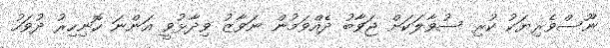
ނޫސްވެރިޔަކު ކުރި ސުވާލަކަށް ޖަވާބު ދެއްވަމުން ނަވާޒު ވިދާޅުވީ އަންނަ ހޮނިހިރު ދުވަހު